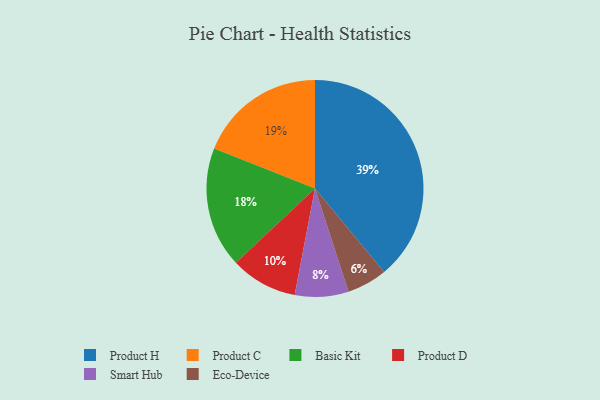
{"axis": {"x": "Category", "y": "Percentage"}, "legend": ["Basic Kit", "Eco-Device", "Product C", "Product D", "Product H", "Smart Hub"], "data": [{"x": "Product C", "y": 19, "type": "Product C"}, {"x": "Product H", "y": 39, "type": "Product H"}, {"x": "Smart Hub", "y": 8, "type": "Smart Hub"}, {"x": "Eco-Device", "y": 6, "type": "Eco-Device"}, {"x": "Basic Kit", "y": 18, "type": "Basic Kit"}, {"x": "Product D", "y": 10, "type": "Product D"}]}